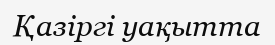
Қазіргі уақытта